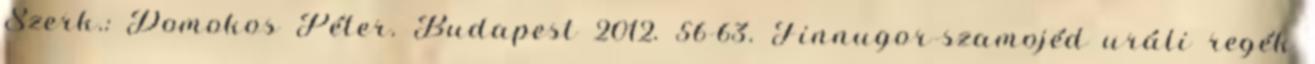
Szerk.: Domokos Péter. Budapest 2012. 56-63. Finnugor-szamojéd uráli regék